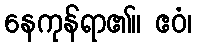
နေကုန်ရာ၏။ ဧဝံ၊